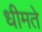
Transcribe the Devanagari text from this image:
धीमते